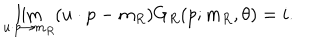
\lim _ { u \cdot p \to m _ { R } } ( u \cdot p - m _ { R } ) G _ { R } ( p ; m _ { R } , \theta ) = i .